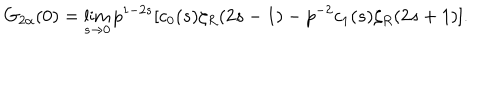
LaTeX: G _ { 2 \alpha } ( 0 ) = \lim _ { s \to 0 } p ^ { 1 - 2 s } [ c _ { 0 } ( s ) \zeta _ { R } ( 2 s - 1 ) - p ^ { - 2 } c _ { 1 } ( s ) \zeta _ { R } ( 2 s + 1 ) ] { . }